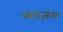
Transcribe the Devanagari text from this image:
मउज़न